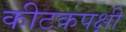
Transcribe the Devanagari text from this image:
कीटकपक्षी